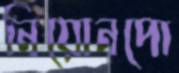
নিয়োনপো